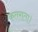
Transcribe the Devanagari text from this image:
कतराता।